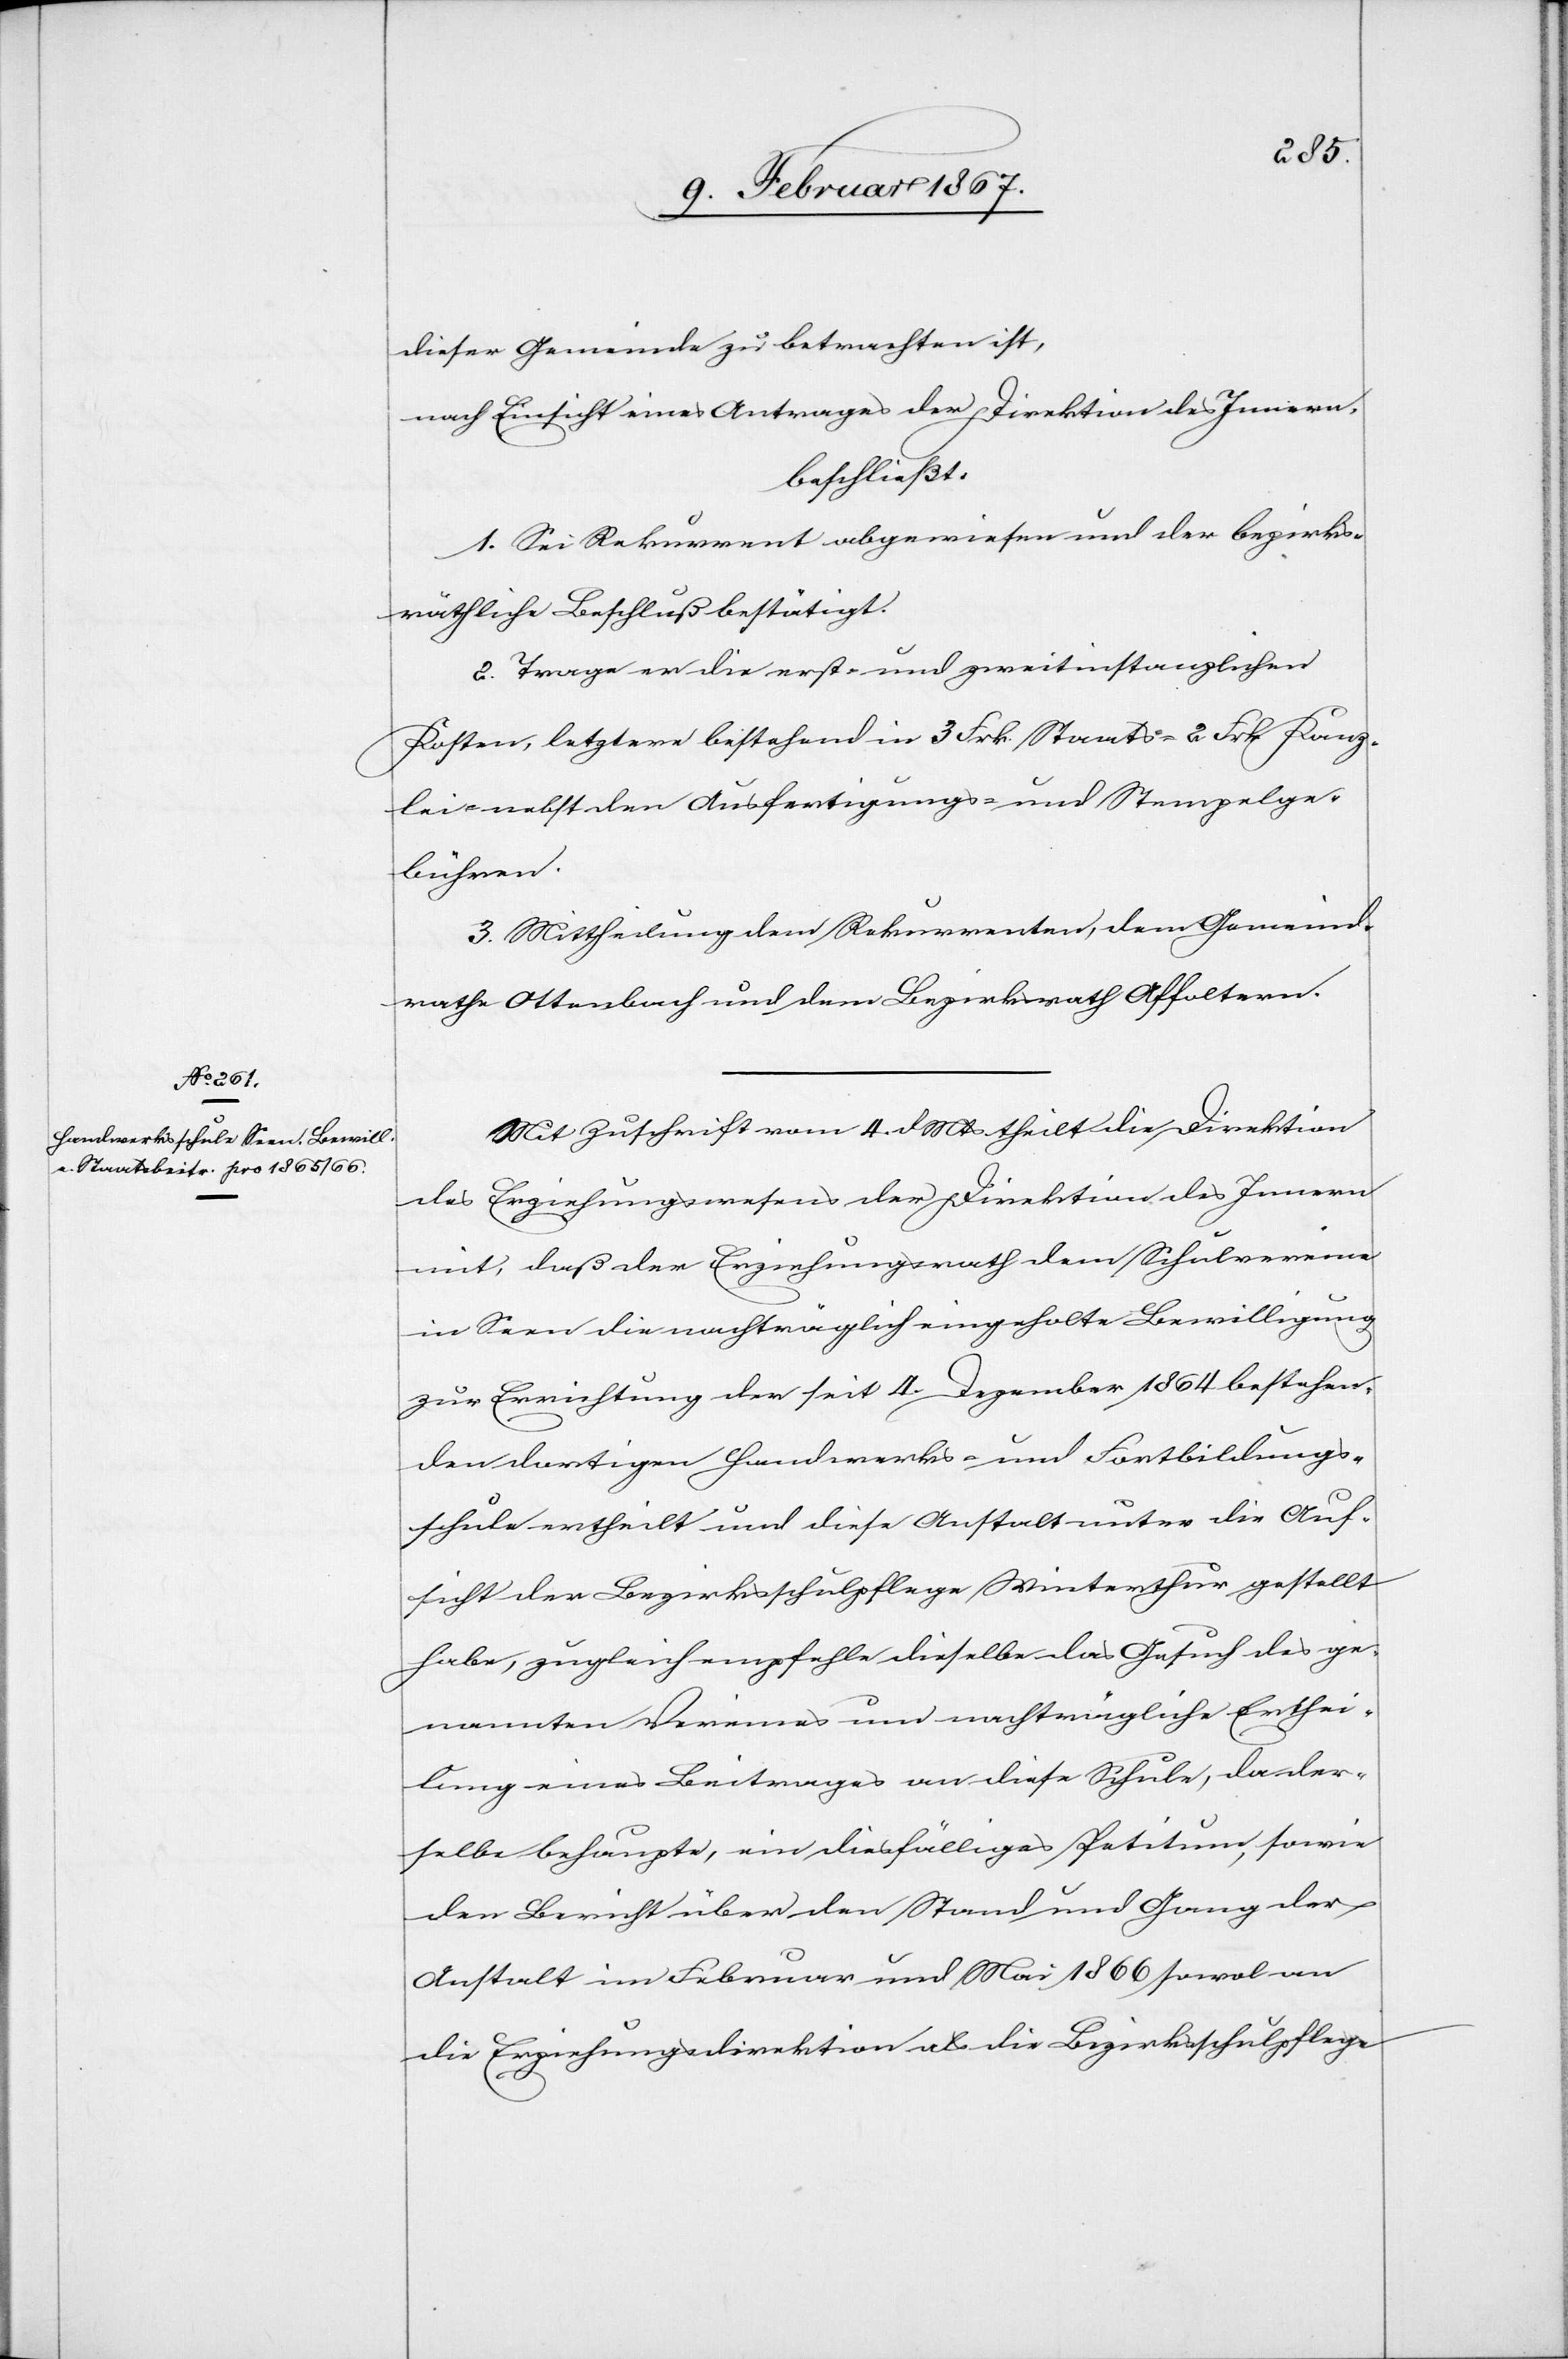
dieser Gemeinde zu betrachten ist,
nach Einsicht eines Antrages der Direktion des Innern,
beschließt:
1. Sei Rekurrent abgewiesen und der bezirks¬
räthliche Beschluß bestätigt.
2. Trage er die erst- und zweitinstanzlichen
Kosten, letztere bestehend in 3 Frk. Staats-[,] 2 Frk. Kanz¬
lei- nebst den Ausfertigungs- und Stempelge¬
bühren.
3. Mittheilung dem Rekurrenten, dem Gemeind¬
rathe Ottenbach und dem Bezirksrath Affoltern.
Mit Zuschrift vom 4. d. Mts theilt die Direktion
des Erziehungswesens der Direktion des Innern
mit, daß der Erziehungsrath dem Schulvereine
in Seen die nachträglich eingeholte Bewilligung
zur Errichtung der seit 4. Dezember 1864 bestehen¬
den dortigen Handwerks- und Fortbildungs¬
schule ertheilt und diese Anstalt unter die Auf¬
sicht der Bezirksschulpflege Winterthur gestellt
habe, zugleich empfehle dieselbe das Gesuch des ge¬
nannten Vereines um nachträgliche Erthei¬
lung eines Beitrages an diese Schule, da der¬
selbe behaupte, ein diesfälliges Petitum, sowie
den Bericht über den Stand und Gang der
Anstalt im Februar und Mai 1866 sowol an
die Erziehungsdirektion als die Bezirksschulpflege